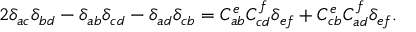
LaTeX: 2 \delta _ { a c } \delta _ { b d } - \delta _ { a b } \delta _ { c d } - \delta _ { a d } \delta _ { c b } = C _ { a b } ^ { e } C _ { c d } ^ { f } \delta _ { e f } + C _ { c b } ^ { e } C _ { a d } ^ { f } \delta _ { e f } .